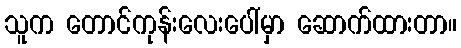
သူက တောင်ကုန်းလေးပေါ်မှာ ဆောက်ထားတာ။